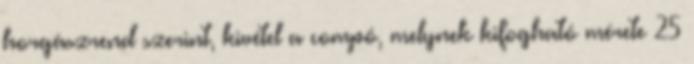
horgászrend szerint, kivétel a compó, melynek kifogható mérete 25